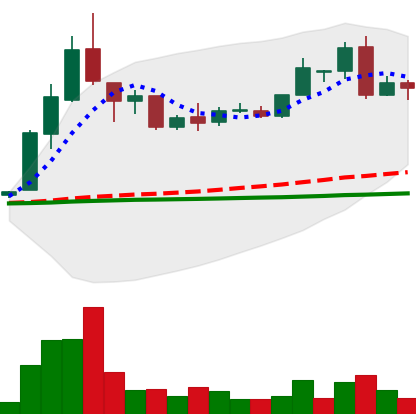
Ticker: LTC-USD
Chart end date: 2016-05-12
Forward return: 3.276%
Label: up_3_5